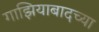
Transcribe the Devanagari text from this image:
गाझियाबादच्या